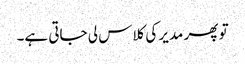
تو پھر مدیر کی کلاس لی جاتی ہے۔